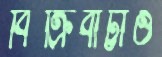
বিক্রিবাট্টাও